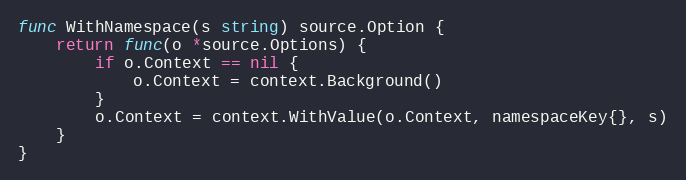
Language: Go
func WithNamespace(s string) source.Option {
	return func(o *source.Options) {
		if o.Context == nil {
			o.Context = context.Background()
		}
		o.Context = context.WithValue(o.Context, namespaceKey{}, s)
	}
}